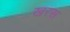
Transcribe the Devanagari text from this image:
खरस